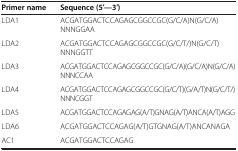
<table><thead><tr><td><b>Primer name</b></td><td><b>Sequence (5′—3′)</b></td></tr></thead><tbody><tr><td>LDA1</td><td>ACGATGGACTCCAGAGCGGCCGC(G/C/A)N(G/C/A)NNNGGAA</td></tr><tr><td>LDA2</td><td>ACGATGGACTCCAGAGCGGCCGC(G/C/T/)N(G/C/T)NNNGGTT</td></tr><tr><td>LDA3</td><td>ACGATGGACTCCAGAGCGGCCGC(G/C/A)(G/C/A)N(G/C/A)NNNCCAA</td></tr><tr><td>LDA4</td><td>ACGATGGACTCCAGAGCGGCCGC(G/C/T)(G/A/T)N(G/C/T/)NNNCGGT</td></tr><tr><td>LDA5</td><td>ACGATGGACTCCAGAGAG(A/T)GNAG(A/T)ANCA(A/T)AGG</td></tr><tr><td>LDA6</td><td>ACGATGGACTCCAGAG(A/T)GTGNAG(A/T)ANCANAGA</td></tr><tr><td>AC1</td><td>ACGATGGACTCCAGAG</td></tr></tbody></table>